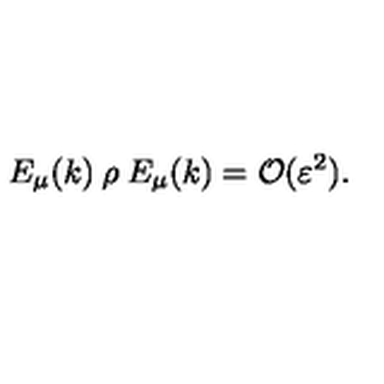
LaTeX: E _ { \mu } ( k ) \: \rho \: E _ { \mu } ( k ) = { \cal { O } } ( \varepsilon ^ { 2 } ) .